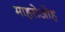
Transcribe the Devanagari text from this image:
माहसेओह